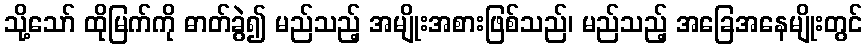
သို့သော် ထိုမြက်ကို ဓာတ်ခွဲ၍ မည်သည့် အမျိုးအစားဖြစ်သည်၊ မည်သည့် အခြေအနေမျိုးတွင်